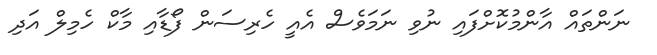
ނަންތައް އާންމުކޮށްފައި ނުވި ނަމަވެސް އެއީ ހެރިސަން ފޯޑާއި މާކް ހެމިލް އަދި